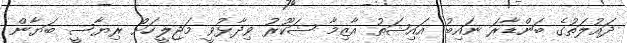
ދައުލަތުގެ ބަންޑާރަ ނައިބު އައިޝަތު އާޒިމާ ޝަކޫރު ވިދާޅުވީ މަޖިލީހަށް ރިޔާސީ ބަޔާން